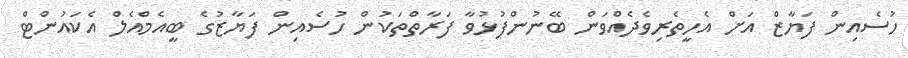
ހުސެއިން ފަޔާޒް އަށް އެހީތެރިވެދެއްވަން ބޭނުންފުޅުވާ ފަރާތްތަކުން ހުސެއިން ފަޔާޒުގެ ބީއެމްއެލް އެކައުންޓް